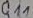
Text: Q11